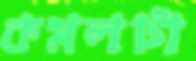
কমলটা